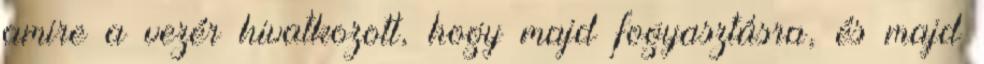
amire a vezér hivatkozott, hogy majd fogyasztásra, és majd